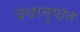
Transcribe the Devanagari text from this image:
यथानुपात